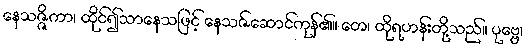
နေသဇ္ဇိကာ၊ ထိုင်၍သာနေသဖြင့် နေသဇ်ဆောင်ကုန်၏။ တေ၊ ထိုရဟန်းတို့သည်။ ပုဗ္ဗေ၊